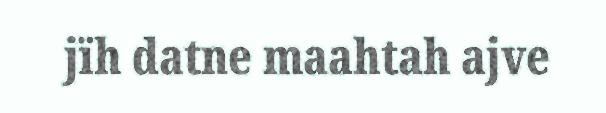
jïh datne maahtah ajve